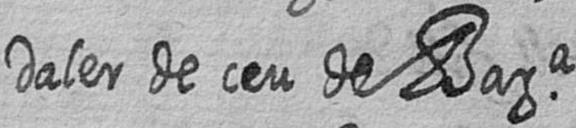
daler de ceu de Bara